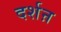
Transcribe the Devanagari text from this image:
दर्शऩ